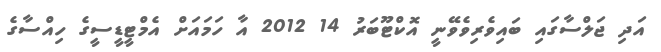
އަދި ޖަލްސާގައި ބައިވެރިވެވޭނީ އޮކްޓޫބަރު 14 2012 އާ ހަމައަށް އެމްޓީޑީސީގެ ހިއްސާގެ